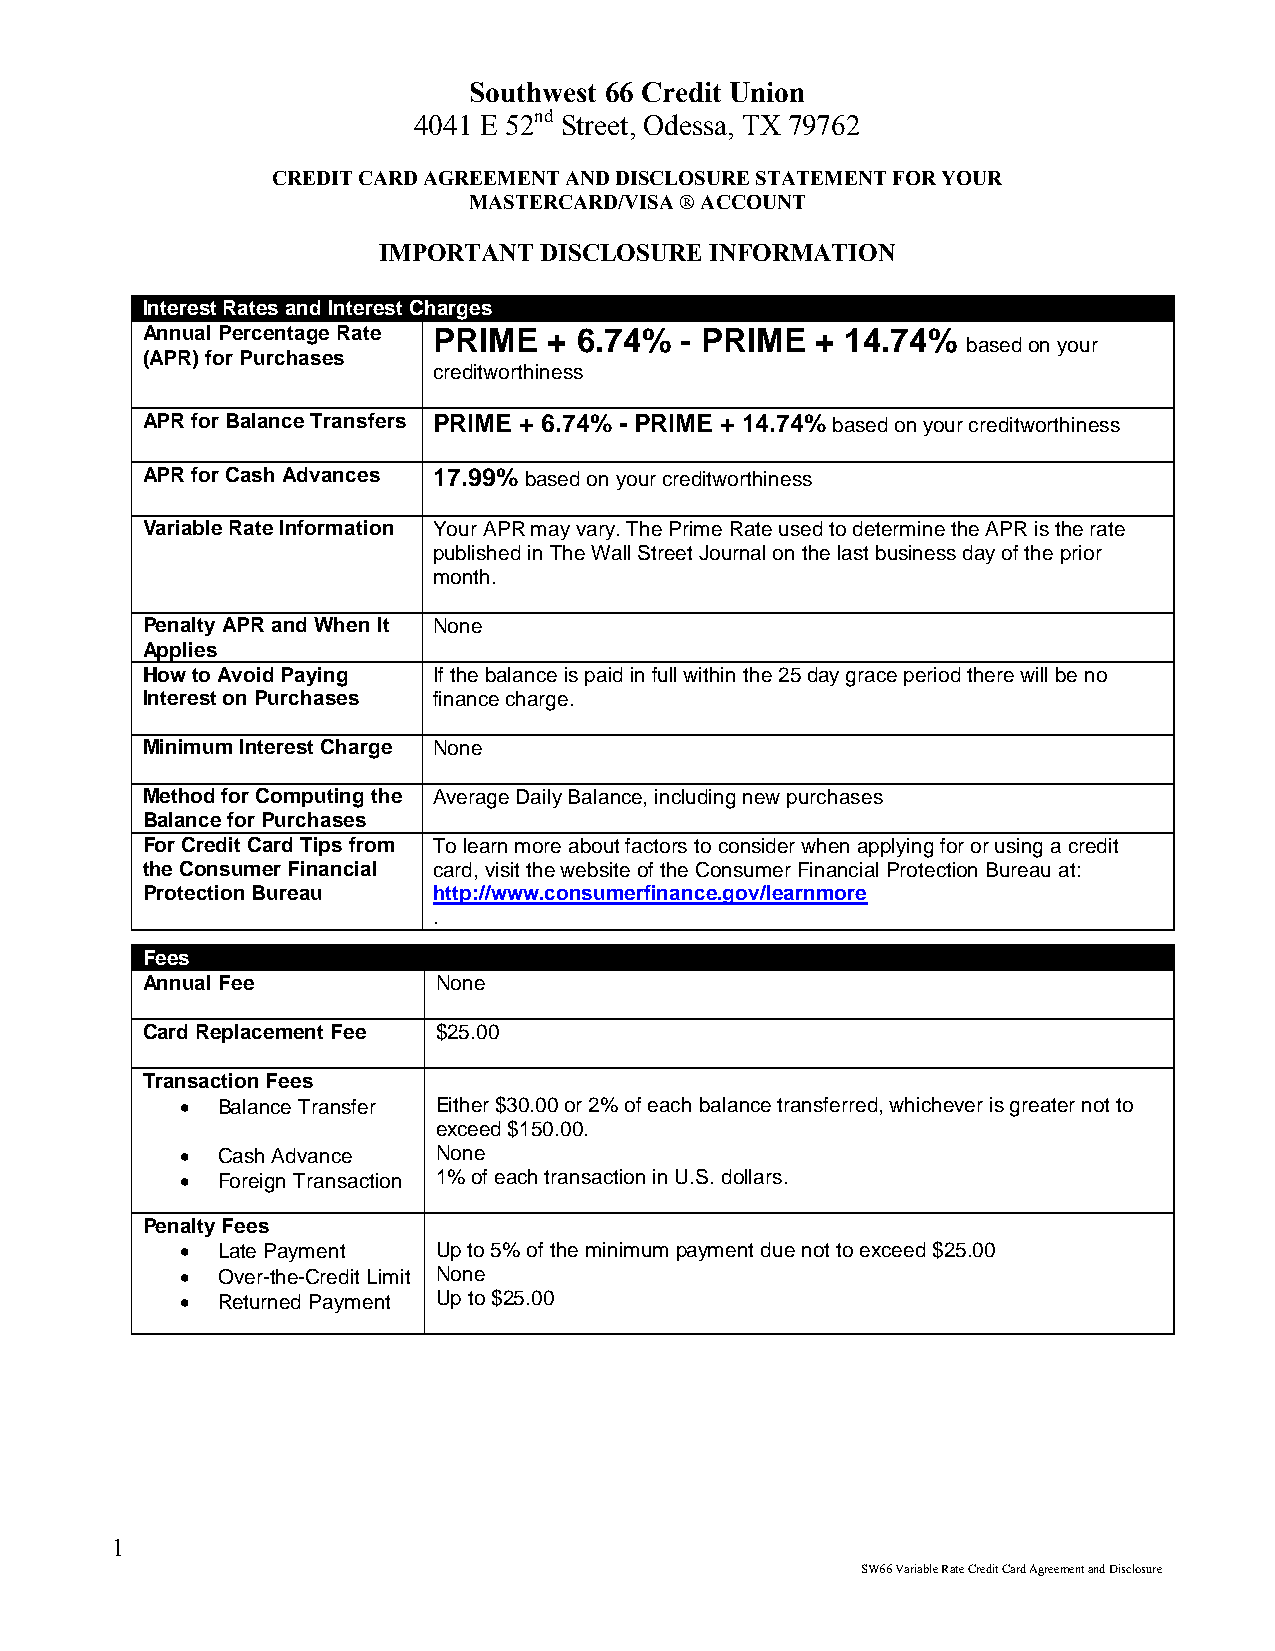
Southwest 66 Credit Union
 4041 E 52nd Street, Odessa, TX 79762
 CREDIT CARD AGREEMENT AND DISCLOSURE STATEMENT FOR YOUR
 MASTERCARD/VISA ® ACCOUNT
 IMPORTANT  DISCLOSURE INFORMATION
 Interest Rates and Interest Charges
 Annual Percentage Rate PRIME + 6.74% - PRIME + 14.74%
 based on your
 (APR) for Purchases
 creditworthiness
 APR for Balance Transfers PRIME + 6.74% - PRIME + 14.74% based on your creditworthiness
 APR for Cash Advances 17.99% based on your creditworthiness
 Variable Rate Information Your APR may vary. The Prime Rate used to determine the APR is the rate
 published in The Wall Street Journal on the last business day of the prior
 month.
 Penalty APR and When It None
 Applies
 How to Avoid Paying If the balance is paid in full within the 25 day grace period there will be no
 Interest on Purchases finance charge.
 Minimum Interest Charge None
 Method for Computing the Average Daily Balance, including new purchases
 Balance for Purchases
 For Credit Card Tips from To learn more about factors to consider when applying for or using a credit
 the Consumer Financial card, visit the website of the Consumer Financial Protection Bureau at:
 Protection Bureau   http://www.consumerfinance.gov/learnmore
 .
 Fees
 Annual Fee          None
 Card Replacement Fee $25.00
 Transaction Fees
  Balance Transfer Either $30.00 or 2% of each balance transferred, whichever is greater not to
 exceed $150.00.
  Cash Advance   None
  Foreign Transaction 1% of each transaction in U.S. dollars.
 Penalty Fees
  Late Payment   Up to 5% of the minimum payment due not to exceed $25.00
  Over-the-Credit Limit None
  Returned Payment Up to $25.00
 1
 SW66 Variable Rate Credit Card Agreement and Disclosure